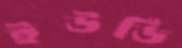
ইউডি